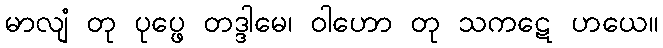
မာလျံ တု ပုပ္ဖေ တဒ္ဒါမေ၊ ဝါဟော တု သကဋေ ဟယေ။